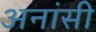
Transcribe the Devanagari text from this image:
अनांसी